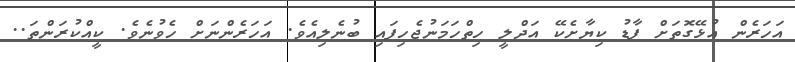
އަހަރެން އުޅޭގޮތަށް ފާޑު ކިޔާށެކޭ އަދްލީ ހިތްހަމަނުޖެހިފައި ބުނެލިއެވެ. އަހަރެންނަށް ހެވުނެވެ. ކީއްކުރަންތަ..